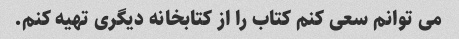
می توانم سعی کنم کتاب را از کتابخانه دیگری تهیه کنم.